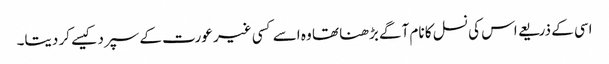
اسی کے ذریعے اس کی نسل کا نام آگے بڑھنا تھا وہ اسے کسی غیر عورت کے سپرد کیسے کر دیتا۔